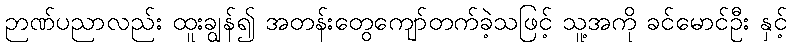
ဉာဏ်ပညာလည်း ထူးချွန်၍ အတန်းတွေကျော်တက်ခဲ့သဖြင့် သူ့အကို ခင်မောင်ဦး နှင့်